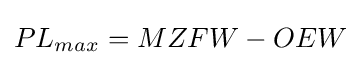
PL_{max}=MZFW-OEW